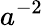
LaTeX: a^{-2}